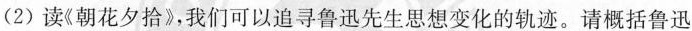
(2) 读《朝花夕拾》，我们可以追寻鲁迅先生思想变化的轨迹。请概括鲁迅